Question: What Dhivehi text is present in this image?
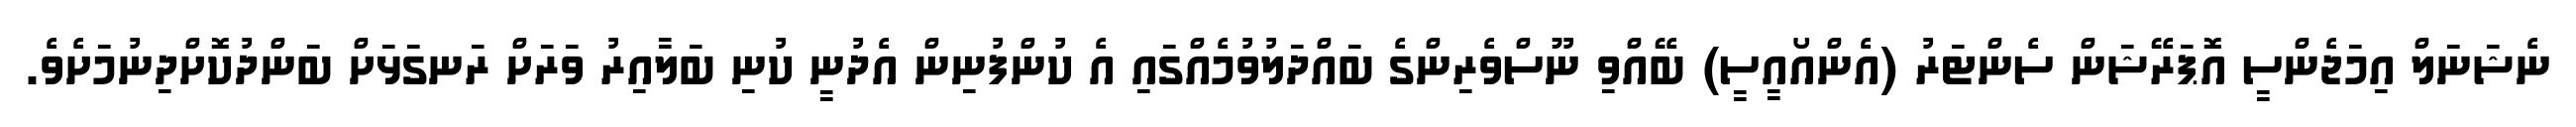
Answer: ނެޝަނަލް އިމަޖެންސީ އޮޕަރޭޝަން ސެންޓަރު (އެންއޯއީސީ) ބޭއްވި ނޫސްވެރިންގެ ބައްދަލުވުމެއްގައި އެ ކުންފުނިން އެދުނީ ކުނި ބަލާއިރު ވަރަށް ރަނގަޅަށް ބަންދުކޮށްދިނުމަށެވެ.